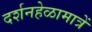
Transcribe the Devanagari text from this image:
दर्शनहेळामात्रें